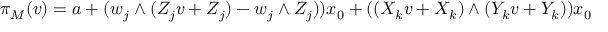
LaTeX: \pi _ { M } ( v ) = a + ( w _ { j } \wedge ( Z _ { j } v + Z _ { j } ) - w _ { j } \wedge Z _ { j } ) ) x _ { 0 } + ( ( X _ { k } v + X _ { k } ) \wedge ( Y _ { k } v + Y _ { k } ) ) x _ { 0 }